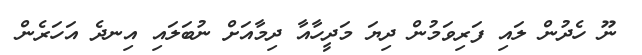
ނޫ ހެދުން ލައި ފަރިވަމުން ދިޔަ މަދީހާއާ ދިމާއަށް ނުބަލައި އިނދެ އަހަރެން